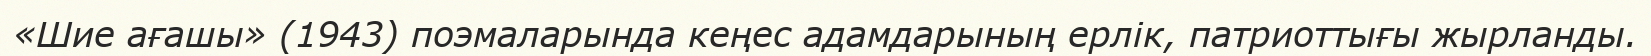
«Шие ағашы» (1943) поэмаларында кеңес адамдарының ерлік, патриоттығы жырланды.